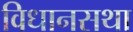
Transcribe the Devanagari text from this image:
विधानसथा